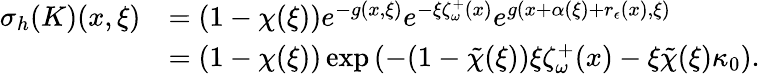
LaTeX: \begin{array}{rl}{\sigma_{h}(K)(x,\xi)}&{=(1-\chi(\xi))e^{-g(x,\xi)}e^{-\xi\zeta_{\omega}^{+}(x)}e^{g(x+\alpha(\xi)+r_{\epsilon}(x),\xi)}}\\ &{=(1-\chi(\xi))\exp\left(-(1-\tilde{\chi}(\xi))\xi\zeta_{\omega}^{+}(x)-\xi\tilde{\chi}(\xi)\kappa_{0}\right).}\end{array}